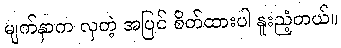
မျက်နှာက လှတဲ့ အပြင် စိတ်ထားပါ နူးညံ့တယ်။